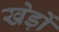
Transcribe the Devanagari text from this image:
खेड़ों